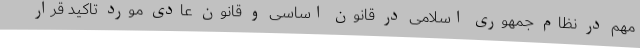
مهم در نظام جمهوری اسلامی در قانون اساسی و قانون عادی مورد تاکید قرار